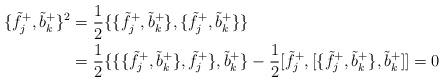
LaTeX: \begin{align*}\{ \tilde f^+_j, \tilde b^+_k\}^2 &= \frac 12 \{ \{ \tilde f^+_j, \tilde b^+_k\} , \{ \tilde f^+_j, \tilde b^+_k\} \} \\& = \frac12 \{ \{ \{ \tilde f^+_j, \tilde b^+_k\} , \tilde f^+_j \}, \tilde b^+_k\} - \frac12 [ \tilde f^+_j, [ \{ \tilde f^+_j, \tilde b^+_k\} , \tilde b^+_k] ] = 0\end{align*}